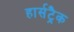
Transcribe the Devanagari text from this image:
हार्सट्रैक